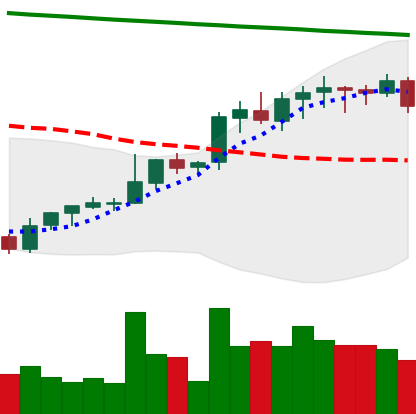
Ticker: LINK-USD
Chart end date: 2021-08-08
Forward return: 20.34%
Label: up_7plus